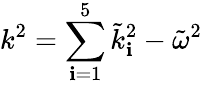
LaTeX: k^{2}=\sum_{\mathbf{i}=1}^{5}\tilde{{k}}_{\mathbf{i}}^{2}-\tilde{{\omega}}^{2}